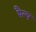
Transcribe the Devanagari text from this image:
पैल्प